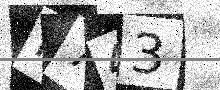
Text: I743